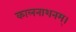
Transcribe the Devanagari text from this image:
कालनाशनम्।